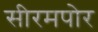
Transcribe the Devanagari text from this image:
सीरमपोर